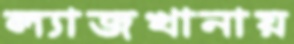
ল্যাজখানায়